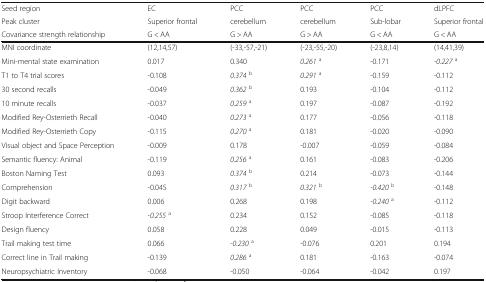
<table><thead><tr><td><b>Seed region</b></td><td><b>EC</b></td><td><b>PCC</b></td><td><b>PCC</b></td><td><b>PCC</b></td><td><b>dLPFC</b></td></tr><tr><td><b>Peak cluster</b></td><td><b>Superior frontal</b></td><td><b>cerebellum</b></td><td><b>cerebellum</b></td><td><b>Sub-lobar</b></td><td><b>Superior frontal</b></td></tr><tr><td><b>Covariance strength relationship</b></td><td><b>G &lt; AA</b></td><td><b>G &gt; AA</b></td><td><b>G &gt; AA</b></td><td><b>G &lt; AA</b></td><td><b>G &lt; AA</b></td></tr></thead><tbody><tr><td>MNI coordinate</td><td>(12,14,57)</td><td>(-33,-57,-21)</td><td>(-23,-55,-20)</td><td>(-23,8,14)</td><td>(14,41,39)</td></tr><tr><td>Mini-mental state examination</td><td>0.017</td><td>0.340</td><td><i>0.261</i><sup>a</sup></td><td>-0.171</td><td><i>-0.227</i><sup>a</sup></td></tr><tr><td>T1 to T4 trial scores</td><td>-0.108</td><td><i>0.374</i><sup>b</sup></td><td><i>0.291</i><sup>a</sup></td><td>-0.159</td><td>-0.112</td></tr><tr><td>30 second recalls</td><td>-0.049</td><td><i>0.362</i><sup>b</sup></td><td>0.193</td><td>-0.104</td><td>-0.112</td></tr><tr><td>10 minute recalls</td><td>-0.037</td><td><i>0.259</i><sup>a</sup></td><td>0.197</td><td>-0.087</td><td>-0.192</td></tr><tr><td>Modified Rey-Osterrieth Recall</td><td>-0.040</td><td><i>0.273</i><sup>a</sup></td><td>0.177</td><td>-0.056</td><td>-0.118</td></tr><tr><td>Modified Rey-Osterrieth Copy</td><td>-0.115</td><td><i>0.270</i><sup>a</sup></td><td>0.181</td><td>-0.020</td><td>-0.090</td></tr><tr><td>Visual object and Space Perception</td><td>-0.009</td><td>0.178</td><td>-0.007</td><td>-0.059</td><td>-0.084</td></tr><tr><td>Semantic fluency: Animal</td><td>-0.119</td><td><i>0.256</i><sup>a</sup></td><td>0.161</td><td>-0.083</td><td>-0.206</td></tr><tr><td>Boston Naming Test</td><td>0.093</td><td><i>0.374</i><sup>b</sup></td><td>0.214</td><td>-0.073</td><td>-0.144</td></tr><tr><td>Comprehension</td><td>-0.045</td><td><i>0.317</i><sup>b</sup></td><td><i>0.321</i><sup>b</sup></td><td><i>-0.420</i><sup>b</sup></td><td>-0.148</td></tr><tr><td>Digit backward</td><td>0.006</td><td>0.268</td><td>0.198</td><td><i>-0.240</i><sup>a</sup></td><td>-0.112</td></tr><tr><td>Stroop Interference Correct</td><td><i>-0.255</i><sup>a</sup></td><td>0.234</td><td>0.152</td><td>-0.085</td><td>-0.118</td></tr><tr><td>Design fluency</td><td>0.058</td><td>0.228</td><td>0.049</td><td>-0.015</td><td>-0.113</td></tr><tr><td>Trail making test time</td><td>0.066</td><td><i>-0.230</i><sup>a</sup></td><td>-0.076</td><td>0.201</td><td>0.194</td></tr><tr><td>Correct line in Trail making</td><td>-0.139</td><td><i>0.286</i><sup>a</sup></td><td>0.181</td><td>-0.163</td><td>-0.074</td></tr><tr><td>Neuropsychiatric Inventory</td><td>-0.068</td><td>-0.050</td><td>-0.064</td><td>-0.042</td><td>0.197</td></tr></tbody></table>